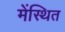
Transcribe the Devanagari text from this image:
मेंस्थित